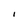
Character: I